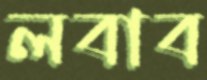
লবাব